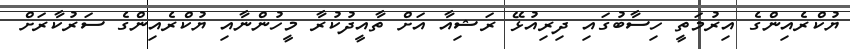
ޔުކްރެއިންގެ އިރުމަތީ ހިސާބުގައި ދިރިއުޅޭ ރަޝިއާ އަށް ތާއީދުކުރާ މީހުންނާއި ޔުކްރެއިންގެ ސަރުކާރަށް